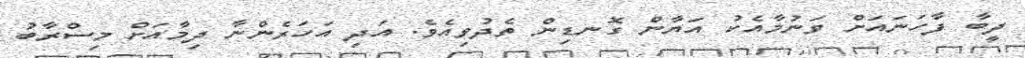
ދީބާ ފާހަނައަށް ވަނުމާއެކު އަޔާން ގޮނޑިން ތެދުވިއެވެ. އަދި އަހަރެންނާ ދިމާއަށް މިސްރާބު